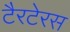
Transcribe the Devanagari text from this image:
टैरटेरस